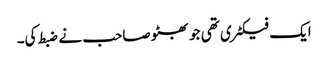
ایک فیکٹری تھی جو بھٹو صاحب نے ضبط کی۔